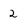
Character: 2